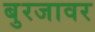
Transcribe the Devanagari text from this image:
बुरजावर